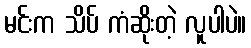
မင်းက သိပ် ကံဆိုးတဲ့ လူပါပဲ။